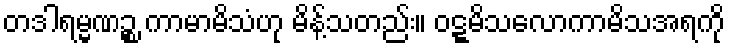
တဒါရမ္မဏဉ္စ ကာမာမိသံဟု မိန့်သတည်း။ ဝဋ္ဋမိသလောကာမိသအရကို